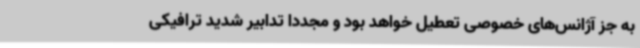
به جز آژانس‌های خصوصی تعطیل خواهد بود و مجددا تدابیر شدید ترافیکی